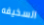
السخيفه